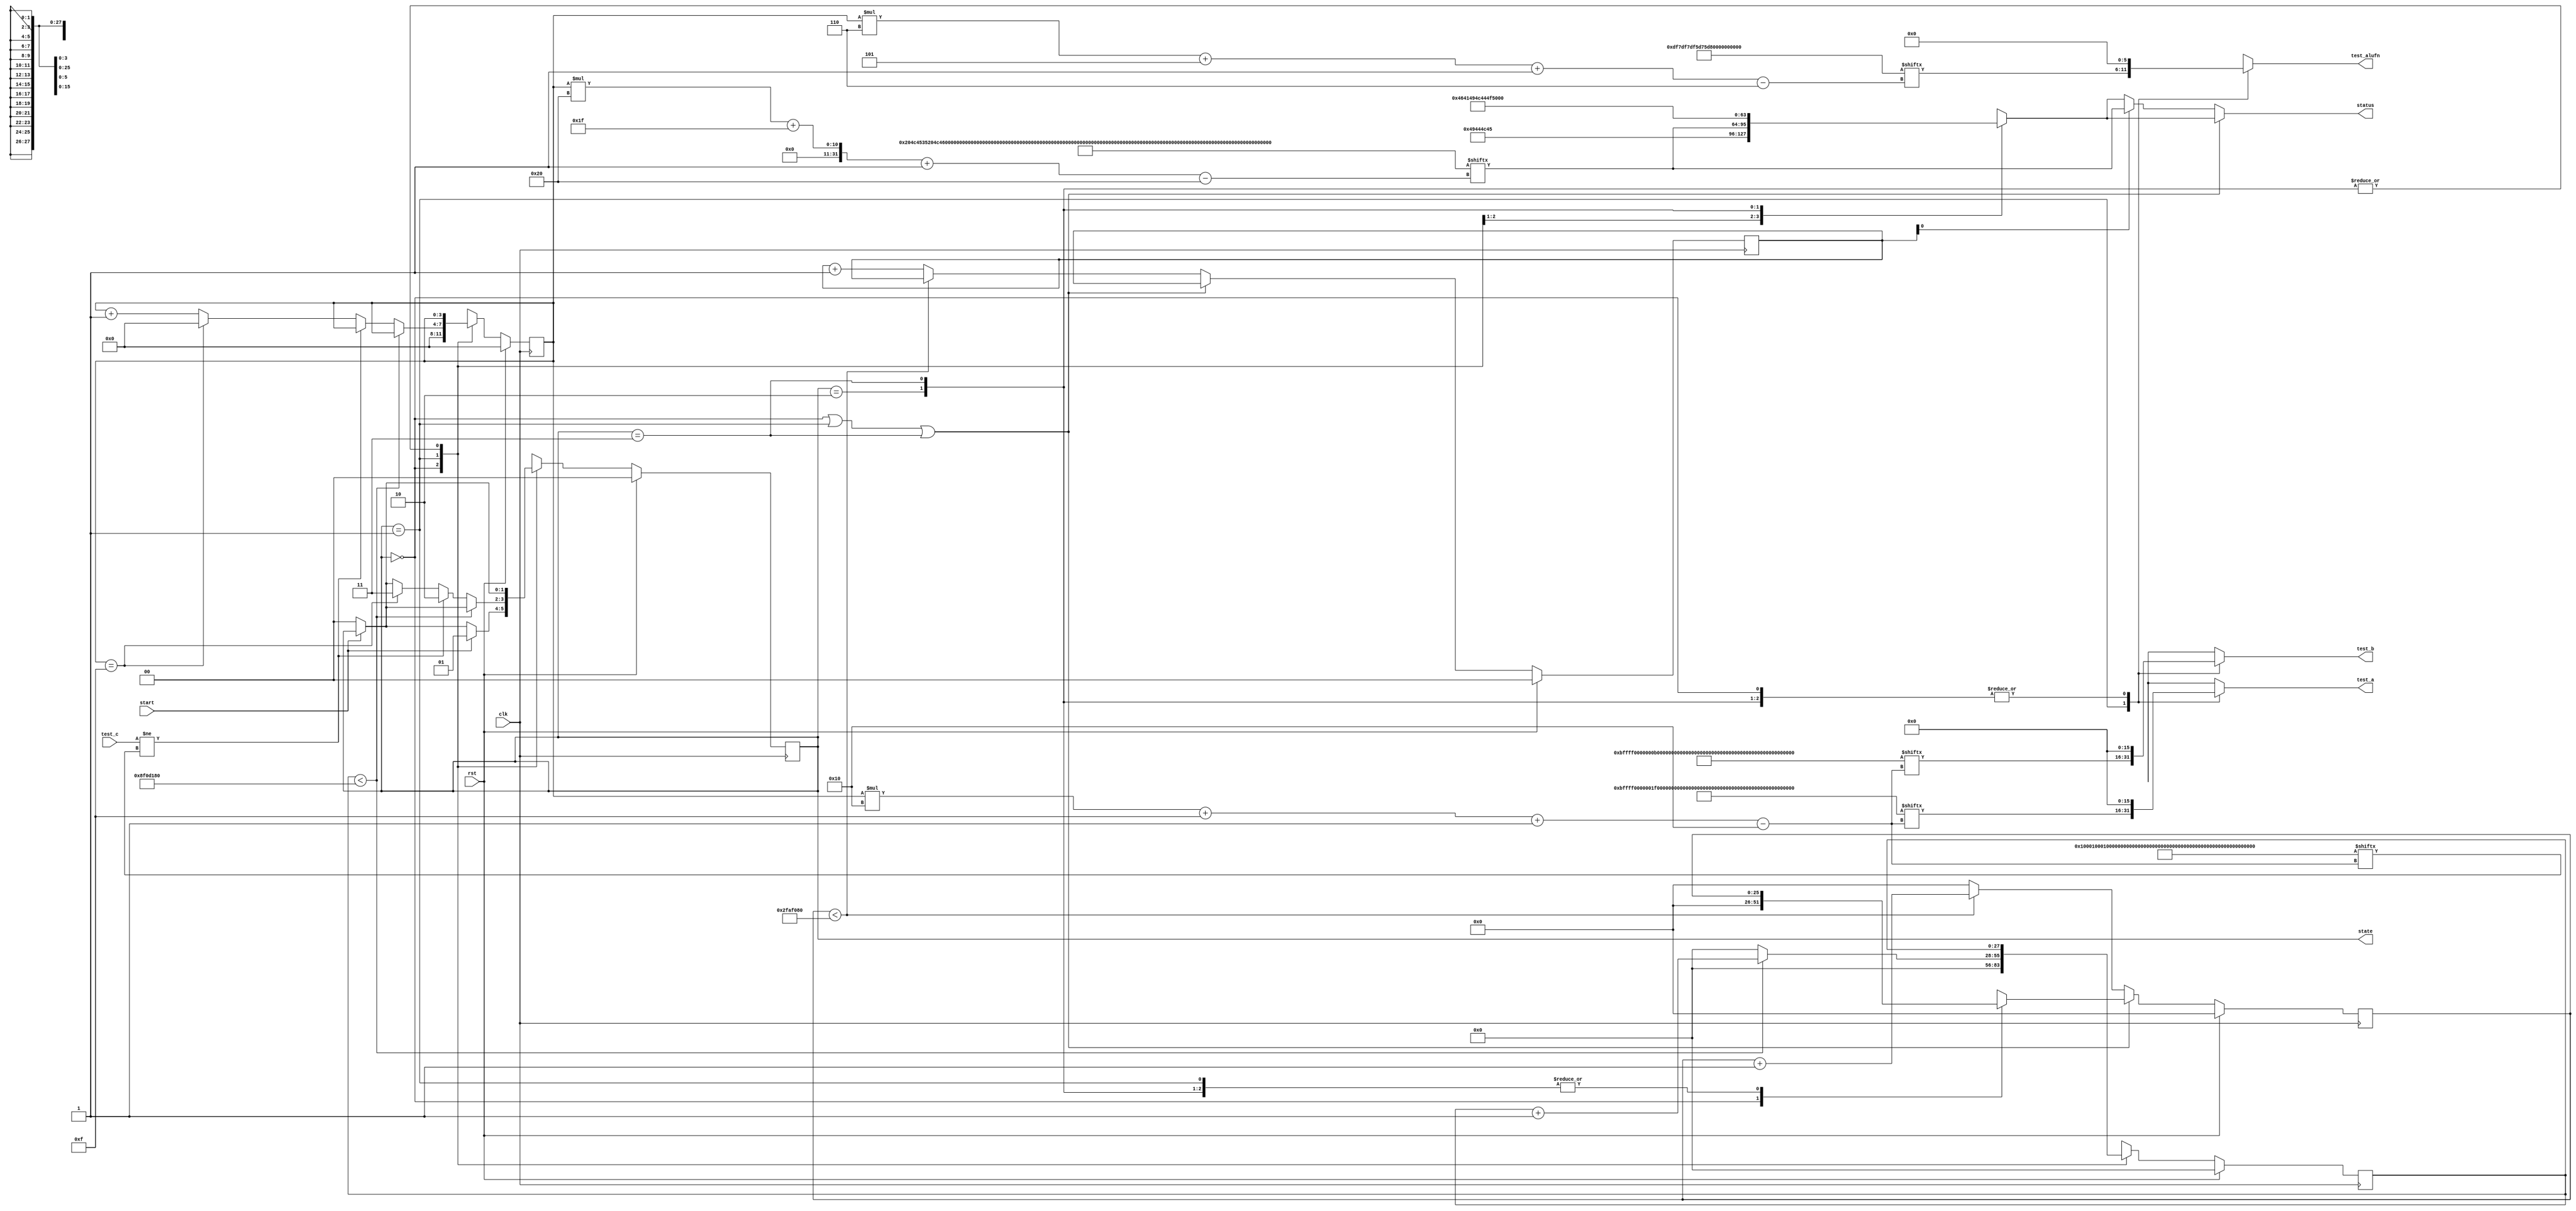
/*
   This file was generated automatically by the Mojo IDE version B1.3.6.
   Do not edit this file directly. Instead edit the original Lucid source.
   This is a temporary file and any changes made to it will be destroyed.
*/

/*
   Parameters:
     NUM_TEST_CASES = 16
     TEST_NAME = TestCasesROM.COMPARE_TEST_NAME
     TEST_A = TestCasesROM.COMPARE_TEST_A
     TEST_B = TestCasesROM.COMPARE_TEST_B
     TEST_ALUFN = TestCasesROM.COMPARE_TEST_ALUFN
     TEST_C = TestCasesROM.COMPARE_TEST_C
     BYPASS_FAIL = 0
     NUM_TEST_SECS = 3
     NUM_FAIL_SECS = 1
     NUM_FAIL_BLINKS = 2
*/
module basic_tester_11 (
    input clk,
    input rst,
    input start,
    input [15:0] test_c,
    output reg [15:0] test_a,
    output reg [15:0] test_b,
    output reg [5:0] test_alufn,
    output reg [1:0] state,
    output reg [31:0] status
  );
  
  localparam NUM_TEST_CASES = 5'h10;
  localparam TEST_NAME = 512'h204c4535204c4534204c4533204c4532204c4531204c5435204c5434204c5433204c5432204c5431204551362045513520455134204551332045513220455131;
  localparam TEST_A = 256'h000bffff0000001f000b000bffff0000001f000b0001000bffff0000001f000b;
  localparam TEST_B = 256'h000bffff0000000b001f000bffff0000000b001f0001000bffff0000000b001f;
  localparam TEST_ALUFN = 96'hdf7df7df5d75d75cf3cf3cf3;
  localparam TEST_C = 256'h0001000100010000000100000000000000000001000100010001000100000000;
  localparam BYPASS_FAIL = 1'h0;
  localparam NUM_TEST_SECS = 2'h3;
  localparam NUM_FAIL_SECS = 1'h1;
  localparam NUM_FAIL_BLINKS = 2'h2;
  
  
  localparam NUM_TEST_TIMER_CYCLES = 28'h8f0d180;
  
  localparam NUM_FAIL_TIMER_CYCLES = 26'h2faf080;
  
  reg [31:0] next_status;
  
  reg [27:0] M_display_test_timer_d, M_display_test_timer_q = 1'h0;
  reg [25:0] M_display_fail_timer_d, M_display_fail_timer_q = 1'h0;
  reg [1:0] M_fail_blink_ctr_d, M_fail_blink_ctr_q = 1'h0;
  reg [3:0] M_tester_ctr_d, M_tester_ctr_q = 1'h0;
  localparam IDLE_tester_state = 2'd0;
  localparam TEST_tester_state = 2'd1;
  localparam FAIL_tester_state = 2'd2;
  localparam DONE_tester_state = 2'd3;
  
  reg [1:0] M_tester_state_d, M_tester_state_q = IDLE_tester_state;
  
  always @* begin
    M_tester_state_d = M_tester_state_q;
    M_display_fail_timer_d = M_display_fail_timer_q;
    M_display_test_timer_d = M_display_test_timer_q;
    M_fail_blink_ctr_d = M_fail_blink_ctr_q;
    M_tester_ctr_d = M_tester_ctr_q;
    
    status = 32'h00000000;
    test_a = 1'h0;
    test_b = 1'h0;
    test_alufn = 1'h0;
    if (!start) begin
      M_tester_state_d = IDLE_tester_state;
    end
    state = M_tester_state_q;
    next_status = 32'h4e554c4c;
    
    case (M_tester_state_q)
      IDLE_tester_state: begin
        M_display_test_timer_d = 1'h0;
        M_display_fail_timer_d = 1'h0;
        M_tester_ctr_d = 1'h0;
        next_status = 32'h49444c45;
        if (start) begin
          M_tester_state_d = TEST_tester_state;
        end
      end
      TEST_tester_state: begin
        next_status = TEST_NAME[(M_tester_ctr_q)*32+31-:32];
        test_a = TEST_A[(M_tester_ctr_q)*16+15-:16];
        test_b = TEST_B[(M_tester_ctr_q)*16+15-:16];
        test_alufn = TEST_ALUFN[(M_tester_ctr_q)*6+5-:6];
        if (M_display_test_timer_q < 28'h8f0d180) begin
          M_display_test_timer_d = M_display_test_timer_q + 1'h1;
        end else begin
          M_display_test_timer_d = 1'h0;
          if (test_c != TEST_C[(M_tester_ctr_q)*16+15-:16]) begin
            M_tester_state_d = FAIL_tester_state;
          end else begin
            if (M_tester_ctr_q == 6'h0f) begin
              M_tester_state_d = DONE_tester_state;
              M_tester_ctr_d = 1'h0;
            end else begin
              M_tester_ctr_d = M_tester_ctr_q + 1'h1;
            end
          end
        end
      end
      FAIL_tester_state: begin
        next_status = 32'h4641494c;
      end
      DONE_tester_state: begin
        next_status = 32'h444f4e45;
      end
    endcase
    if (M_tester_state_q == IDLE_tester_state | M_tester_state_q == TEST_tester_state | M_tester_state_q == DONE_tester_state) begin
      status = next_status;
    end else begin
      if (~M_fail_blink_ctr_q[0+0-:1]) begin
        status = next_status;
      end else begin
        status = TEST_NAME[(M_tester_ctr_q)*32+31-:32];
      end
      if (M_display_fail_timer_q < 26'h2faf080) begin
        M_display_fail_timer_d = M_display_fail_timer_q + 1'h1;
      end else begin
        M_display_fail_timer_d = 1'h0;
        if (1'h1) begin
          M_fail_blink_ctr_d = M_fail_blink_ctr_q + 1'h1;
        end else begin
          if (M_fail_blink_ctr_q < 5'h03) begin
            M_fail_blink_ctr_d = M_fail_blink_ctr_q + 1'h1;
          end else begin
            M_fail_blink_ctr_d = 1'h0;
            if (M_tester_ctr_q < 6'h0f) begin
              M_tester_state_d = TEST_tester_state;
              M_tester_ctr_d = M_tester_ctr_q + 1'h1;
            end else begin
              M_tester_state_d = DONE_tester_state;
              M_tester_ctr_d = 1'h0;
            end
          end
        end
      end
    end
  end
  
  always @(posedge clk) begin
    if (rst == 1'b1) begin
      M_display_test_timer_q <= 1'h0;
      M_display_fail_timer_q <= 1'h0;
      M_fail_blink_ctr_q <= 1'h0;
      M_tester_ctr_q <= 1'h0;
      M_tester_state_q <= 1'h0;
    end else begin
      M_display_test_timer_q <= M_display_test_timer_d;
      M_display_fail_timer_q <= M_display_fail_timer_d;
      M_fail_blink_ctr_q <= M_fail_blink_ctr_d;
      M_tester_ctr_q <= M_tester_ctr_d;
      M_tester_state_q <= M_tester_state_d;
    end
  end
  
endmodule